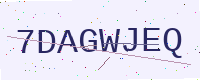
Text: 7DAGWJEQ